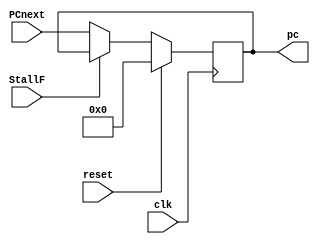
// Code your design here

module next_pc(output reg [31:0] pc, input [31:0] PCnext ,input clk,reset,StallF);
 
  
  always @(posedge clk) begin
    if(StallF==0) begin
      pc=PCnext;
    end
    if (reset==1) begin
    	pc=0;
    end
  end
  
endmodule